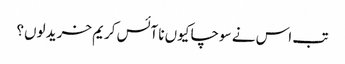
تب اس نے سوچا کیوں نا آئس کریم خرید لوں؟